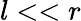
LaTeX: l<<r